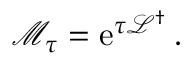
\mathcal { M } _ { \tau } = \operatorname { e } ^ { \tau \mathcal { L } ^ { \dagger } } .